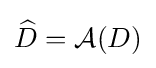
{\widehat {D}}={\mathcal {A}}(D)\,\!